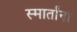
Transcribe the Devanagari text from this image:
स्मार्तांना